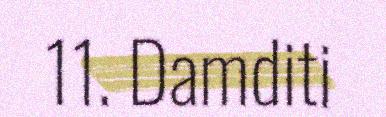
11. Damditi